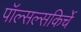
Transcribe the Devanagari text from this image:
पॉल्सल्सकिर्चे